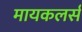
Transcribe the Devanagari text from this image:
मायकलर्स